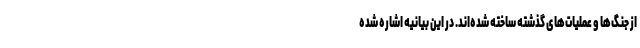
از جنگ‌ها و عملیات‌های گذشته ساخته شده‌اند. در این بیانیه اشاره شده